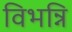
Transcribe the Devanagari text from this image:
विभन्नि